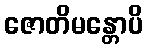
ဇောတိမန္တောပိ